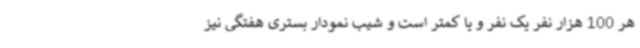
هر 100 هزار نفر یک نفر و یا کمتر است و شیب نمودار بستری هفتگی نیز